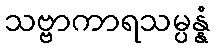
သဗ္ဗာကာရသမ္ပန္နံ